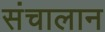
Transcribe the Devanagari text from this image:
संचालान